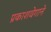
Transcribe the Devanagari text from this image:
प्रकाशवेगाने